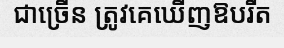
ជាច្រើន ត្រូវគេឃើញឱបរឹត